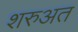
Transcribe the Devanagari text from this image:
शरुअत